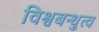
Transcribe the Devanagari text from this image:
विश्वबन्धुत्व